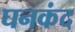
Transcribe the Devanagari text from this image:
घनकंद